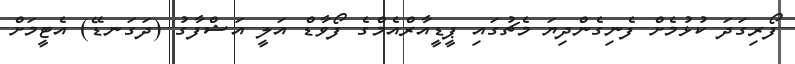
ފޯރިގަދަ ކުޅުމެށް ފެނިގެންދިޔަ މެޗުގައި ޕީޑީއާރްއެމްގެ ފޯވާޑް އަލީ އަޝްފާގު (ދަގަނޑޭ) އެޓީމަށް